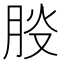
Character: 𦛀